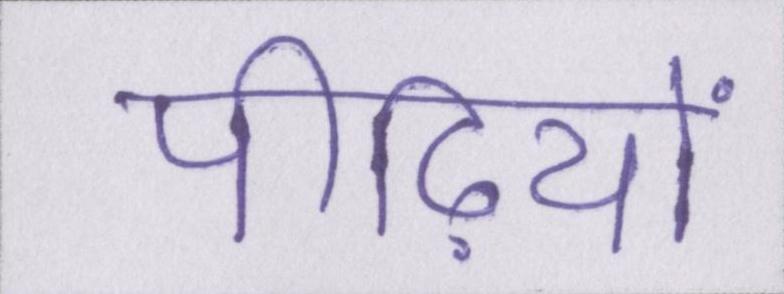
पीढ़ियों